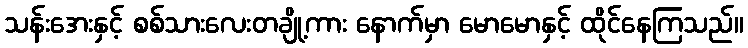
သန်းအေးနှင့် စစ်သားလေးတချို့ကား နောက်မှာ မောမောနှင့် ထိုင်နေကြသည်။